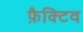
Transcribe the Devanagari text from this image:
फ़ैक्टिव